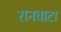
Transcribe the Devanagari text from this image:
रानवाटा